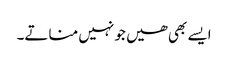
ایسے بھی ھیں جو نہیں مناتے۔